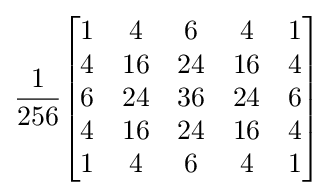
{\frac {1}{256}}{\begin{bmatrix}1&4&6&4&1\\4&16&24&16&4\\6&24&36&24&6\\4&16&24&16&4\\1&4&6&4&1\end{bmatrix}}